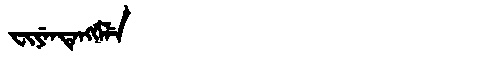
Manchu: ᠸᡳᠶᡝᠨᡨᡝᠩᡤᡝᠯᡝ
Romanization: FIYENTENGGELE